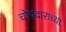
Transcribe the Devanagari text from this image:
चोपदाराच्या